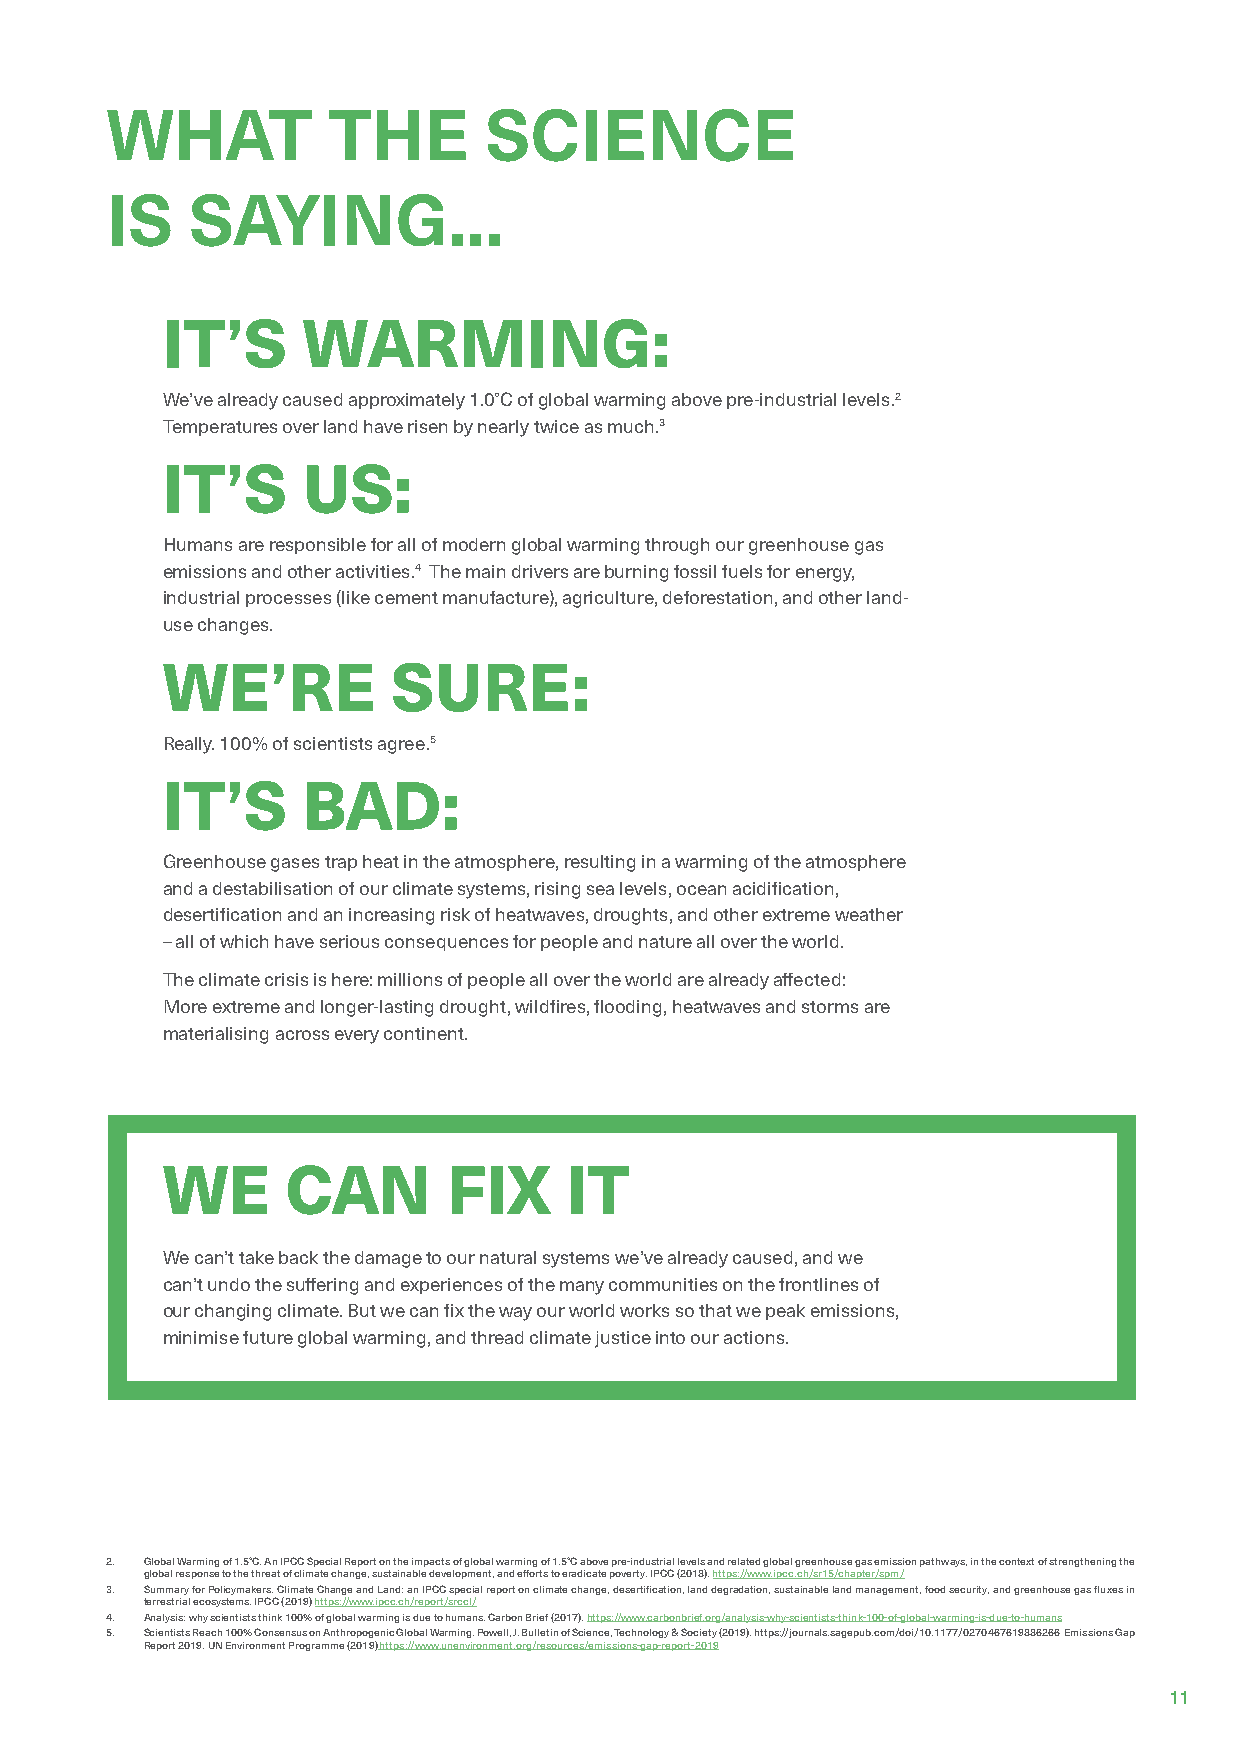
WHAT           THE       SCIENCE
 IS    SAYING...
 IT’S     WARMING:
 We’ve already caused approximately 1.0°C of global warming above pre-industrial levels.2
 Temperatures over land have risen by nearly twice as much.3
 IT’S     US:
 Humans are responsible for all of modern global warming through our greenhouse gas
 emissions and other activities.4 The main drivers are burning fossil fuels for energy,
 industrial processes (like cement manufacture), agriculture, deforestation, and other land-
 use changes.
 WE’RE          SURE:
 Really. 100% of scientists agree.5
 IT’S     BAD:
 Greenhouse gases trap heat in the atmosphere, resulting in a warming of the atmosphere
 and a destabilisation of our climate systems, rising sea levels, ocean acidification,
 desertification and an increasing risk of heatwaves, droughts, and other extreme weather
 – all of which have serious consequences for people and nature all over the world.
 The climate crisis is here: millions of people all over the world are already affected:
 More extreme and longer-lasting drought, wildfires, flooding, heatwaves and storms are
 materialising across every continent.
 WE      CAN        FIX    IT
 We can’t take back the damage to our natural systems we’ve already caused, and we
 can’t undo the suffering and experiences of the many communities on the frontlines of
 our changing climate. But we can fix the way our world works so that we peak emissions,
 minimise future global warming, and thread climate justice into our actions.
 2. Global Warming of 1.5°C. An IPCC Special Report on the impacts of global warming of 1.5°C above pre-industrial levels and related global greenhouse gas emission pathways, in the context of strengthening the
 global response to the threat of climate change, sustainable development, and efforts to eradicate poverty. IPCC (2018). https://www.ipcc.ch/sr15/chapter/spm/
 3. Summary for Policymakers. Climate Change and Land: an IPCC special report on climate change, desertification, land degradation, sustainable land management, food security, and greenhouse gas fluxes in
 terrestrial ecosystems. IPCC (2019) https://www.ipcc.ch/report/srccl/
 4. Analysis: why scientists think 100% of global warming is due to humans. Carbon Brief (2017). https://www.carbonbrief.org/analysis-why-scientists-think-100-of-global-warming-is-due-to-humans
 5. Scientists Reach 100% Consensus on Anthropogenic Global Warming. Powell, J. Bulletin of Science, Technology & Society (2019). https://journals.sagepub.com/doi/10.1177/0270467619886266 Emissions Gap
 Report 2019. UN Environment Programme (2019) https://www.unenvironment.org/resources/emissions-gap-report-2019
 11